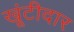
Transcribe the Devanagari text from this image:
खूंटीदार